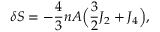
\begin{array} { l } { \displaystyle { \delta S = - \frac { 4 } { 3 } n A \Big ( \frac { 3 } { 2 } J _ { 2 } + J _ { 4 } \Big ) , } } \end{array}